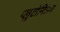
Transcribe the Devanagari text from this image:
प्लुटोनिअम